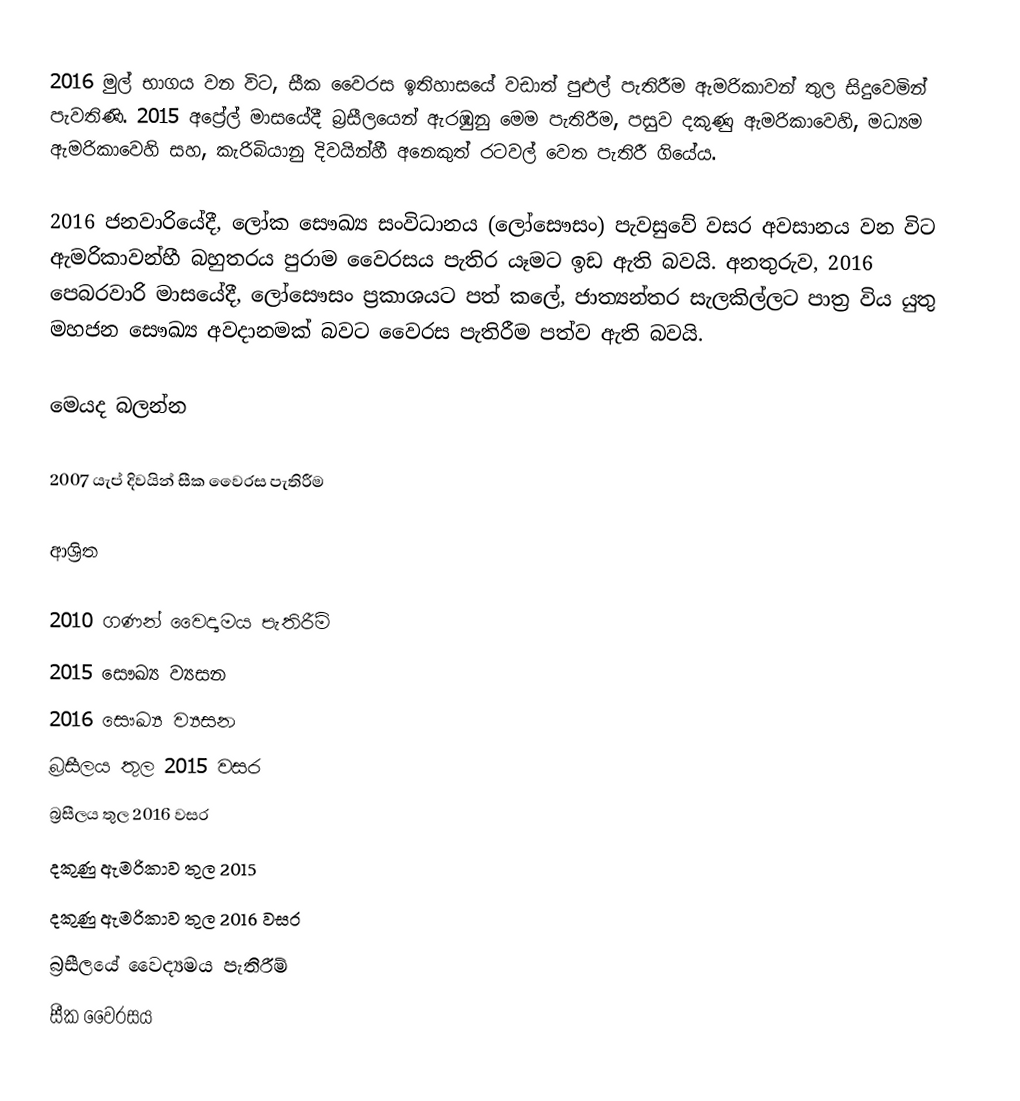
2016 මුල් භාගය වන විට, සීක වෛරස ඉතිහාසයේ වඩාත් පුළුල් පැතිරීම  ඇමරිකාවන් තුල සිදුවෙමින් පැවතිණි. 2015 අප්‍රේල් මාසයේදී බ්‍රසීලයෙන් ඇරඹුනු මෙම පැතිරීම, පසුව  දකුණු ඇමරිකාවෙහි, මධ්‍යම ඇමරිකාවෙහි සහ, කැරිබියානු දිවයින්හී අනෙකුත් රටවල් වෙත පැතිරී ගියේය.

2016 ජනවාරියේදී, ලෝක සෞඛ්‍ය සංවිධානය (ලෝසෞසං) පැවසුවේ වසර අවසානය වන විට ඇමරිකාවන්හී බහුතරය පුරාම වෛරසය  පැතිර යෑමට ඉඩ ඇති බවයි.  අනතුරුව, 2016 පෙබරවාරි මාසයේදී, ලෝසෞසං ප්‍රකාශයට පත් කලේ, ජාත්‍යන්තර සැලකිල්ලට පාත්‍ර විය යුතු මහජන සෞඛ්‍ය අවදානමක් බවට වෛරස පැතිරීම පත්ව ඇති බවයි.

මෙයද බලන්න

 2007 යැප් දිවයින් සීක වෛරස පැතිරීම

ආශ්‍රිත

2010 ගණන් වෛද්‍යමය පැතිරීම්
2015 සෞඛ්‍ය ව්‍යසන
2016 සෞඛ්‍ය ව්‍යසන
බ්‍රසීලය තුල 2015 වසර
බ්‍රසීලය තුල 2016 වසර
දකුණු ඇමරිකාව තුල 2015
දකුණු ඇමරිකාව තුල 2016 වසර
බ්‍රසීලයේ වෛද්‍යමය පැතිරීම්
සීක වෛරසය